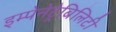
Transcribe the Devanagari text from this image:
इम्पेनेट्रेबिलिटी